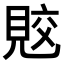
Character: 𧠭